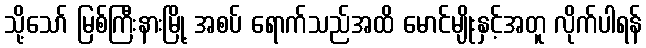
သို့သော် မြစ်ကြီးနားမြို့ အစပ် ရောက်သည်အထိ မောင်မျိုးနှင့်အတူ လိုက်ပါရန်